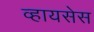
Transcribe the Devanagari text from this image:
व्हायसेस